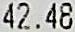
42.48